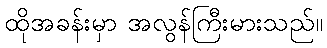
ထိုအခန်းမှာ အလွန်ကြီးမားသည်။